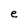
Character: e